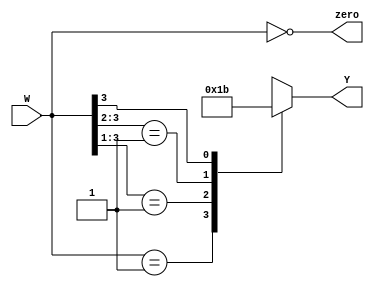
module priority_encoder(
    input wire [3:0] W, // 4 bit input W
    output wire zero, // output zero
    output reg [1:0] Y //output reg 2 bb
    );
    
    assign zero = (W == 4'b0000); //set all to 0 w
    
    always@(W) // trigger when W changes
        begin
            casex(W) // case based on  W
                4'b0001: Y = 2'b00; // w[0] lit up
                4'b001X: Y = 2'b01; // w[1]
                4'b01XX: Y = 2'b10; // w[2]
                4'b1XXX: Y = 2'b11; // w[3]
                default: Y = 2'bXX; // Don't cares for the rest
            endcase
        end
endmodule